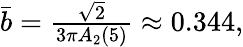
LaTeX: \begin{array}{r}{\bar{b}=\frac{\sqrt{2}}{3\pi A_{2}(5)}\approx 0.344,}\end{array}